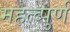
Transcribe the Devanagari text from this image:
महत्व्पुर्ण